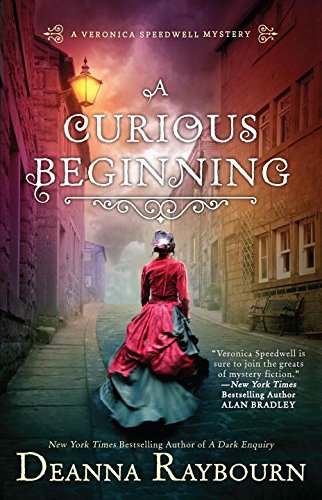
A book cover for A Curious Beginning: A Veronica Speedwell Mystery; Deanna Raybourn; Mystery, Thriller & Suspense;